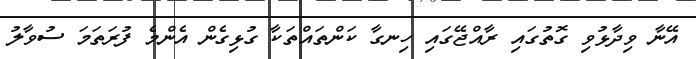
އޭނާ ވިދާޅުވި ގޮތުގައި ރާއްޖޭގައި ހިނގާ ކަންތައްތަކާ ގުޅިގެން އެންމެ ފުރަތަމަ ސުވާލު